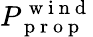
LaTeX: P_{\mathrm{~p~r~o~p~}}^{\mathrm{~w~i~n~d~}}